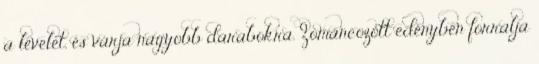
a levelet, és várja nagyobb darabokra. Zománcozott edényben forralja